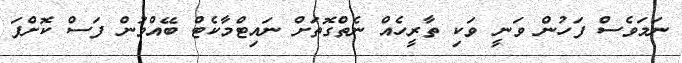
ނަމަވެސް ފަހުން ވަނީ ވަކި ތާރީހެއް ނެތްގޮތަށް ނައިޓްމާކެޓް ބޭއްވުން ފަސް ކޮށްފަ